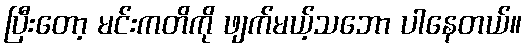
ပြီးတော့ မင်းကတိကို ဖျက်မယ့်သဘော ပါနေတယ်။